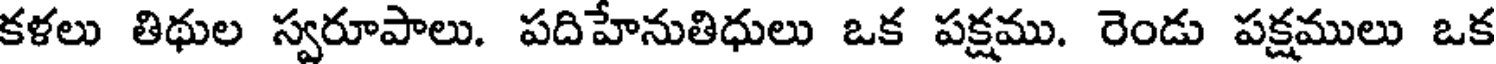
కళలు తిథుల స్వరూపాలు. పదిహేనుతిధులు ఒక పక్షము. రెండు పక్షములు ఒక